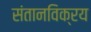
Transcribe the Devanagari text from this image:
संतानविक्रय